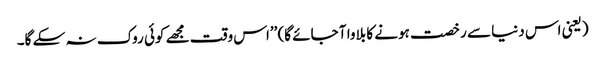
(یعنی اس دنیا سے رخصت ہونے کا بلاوا آ جائے گا) ’’اس وقت مجھے کوئی روک نہ سکے گا۔